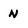
Character: N